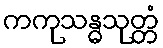
ကကုသန္ဓသုတ္တံ